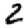
Digit: 2